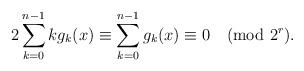
LaTeX: \begin{align*}2\sum_{k=0}^{n-1}kg_k(x)\equiv \sum_{k=0}^{n-1}g_k(x)\equiv 0\pmod{2^{r}}. \end{align*}